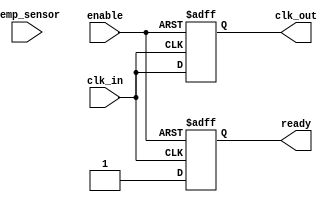
module TempCompClockBuffer (
    input wire clk_in,             // Input clock signal
    input wire [7:0] temp_sensor,  // 8-bit temperature reading (for simulation)
    input wire enable,             // Enable signal
    output reg clk_out,            // Output buffered clock signal
    output reg ready               // Buffer ready status
);

    // Parameters for timing adjustments based on temperature
    parameter TEMP_THRESHOLD = 8'h1A; // Example temperature threshold
    parameter DELAY_ADJUST_HIGH = 3;    // Example delay adjustment for high temp
    parameter DELAY_ADJUST_LOW = 1;     // Example delay adjustment for low temp
    
    // Internal signal to determine delay adjustment
    reg [2:0] delay_adjust;
    
    // Clock Buffer Logic
    always @(posedge clk_in or negedge enable) begin
        if (!enable) begin
            clk_out <= 1'b0;   // Disable output when not enabled
            ready <= 1'b0;     // Not ready
        end else begin
            // Temperature compensation mechanism
            if (temp_sensor > TEMP_THRESHOLD) begin
                delay_adjust <= DELAY_ADJUST_HIGH;
            end else begin
                delay_adjust <= DELAY_ADJUST_LOW;
            end
            
            // Introduce delay based on temperature
            #(delay_adjust) clk_out <= clk_in; // Buffer output clock
            ready <= 1'b1; // Indicate that the buffer is ready
        end
    end

endmodule